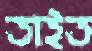
তাইত